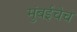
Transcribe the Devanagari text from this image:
मुंबईचेच